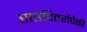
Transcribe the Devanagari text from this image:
सप्तपितरांपैकी